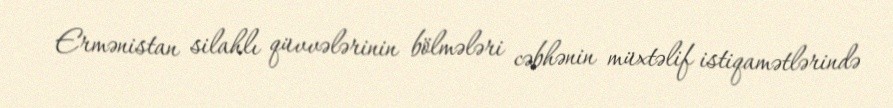
Ermənistan silahlı qüvvələrinin bölmələri cəbhənin müxtəlif istiqamətlərində